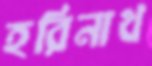
হরিনাথ